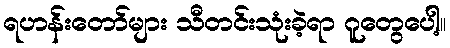
ရဟန်းတော်များ သီတင်းသုံးခဲ့ရာ ဂူတွေပေါ့။